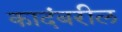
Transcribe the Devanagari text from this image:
कादंबरील